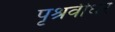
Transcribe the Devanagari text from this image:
पृश्रवीधर